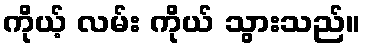
ကိုယ့် လမ်း ကိုယ် သွားသည်။